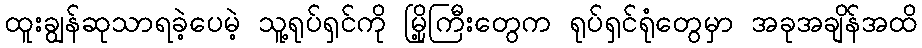
ထူးချွန်ဆုသာရခဲ့ပေမဲ့ သူ့ရုပ်ရှင်ကို မြို့ကြီးတွေက ရုပ်ရှင်ရုံတွေမှာ အခုအချိန်အထိ